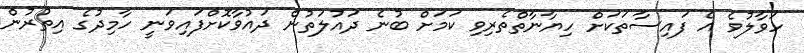
ހަވާލުވެ އެ ފައިސާތަކަށް ހިޔާނާތްތެރިވި ކަމަށް ބުނެ ދައުލަތުން ދައުވާކޮށްފައިވަނީ ހާމިދުގެ އިތުރުން